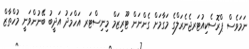
ނަމަވެސް ޕްރޮސެކިއުޓަރޖެނެރަލްގެ މަގާމަށް ގެންނަން ޓޫރިޒަމް މިނިސްޓަރ އަހްމަދު އަދީބު ބޭނުންވަނީ މުހްތާޒް